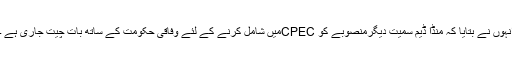
انہوں نے بتایا کہ منڈا ڈیم سمیت دیگرمنصوبے کو CPECمیں شامل کرنے کے لئے وفاقی حکومت کے ساتھ بات چیت جاری ہے ۔